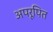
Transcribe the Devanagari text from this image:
अपरूपित